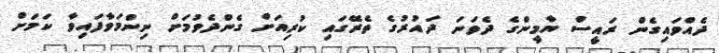
ދެއްވައިގެން ރައީސް ޔާމީންގެ ދެވަނަ ދައުރުގެ ތެރޭގައި ކުރިއަށް ގެންދެވުމަށް ނިންމަވާފައިވާ ކަމަށް